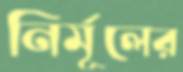
নির্মূলের